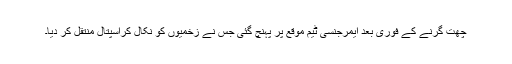
چھت گرنے کے فوری بعد ایمرجنسی ٹیم موقع پر پہنچ گئی جس نے زخمیوں کو نکال کراسپتال منتقل کر دیا۔